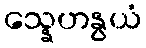
သ္နေဟနွယံ